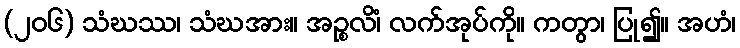
(၂၀၆) သံဃဿ၊ သံဃအား။ အဉ္စလိံ၊ လက်အုပ်ကို။ ကတွာ၊ ပြု၍။ အဟံ၊